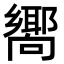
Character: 𪢞